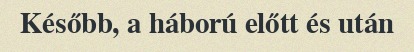
Később, a háború előtt és után